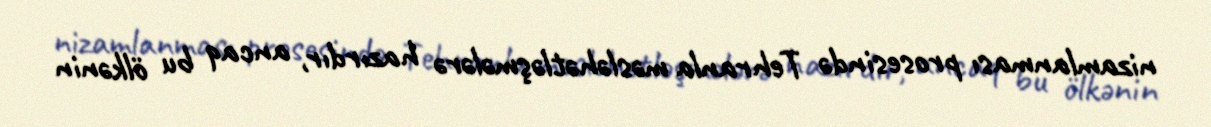
nizamlanması prosesində Tehranla məsləhətləşmələrə hazırdır, ancaq bu ölkənin